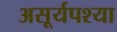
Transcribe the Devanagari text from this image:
असूर्यपश्या